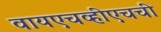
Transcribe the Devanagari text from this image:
वायएचव्हीएचची